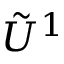
\tilde { U } ^ { 1 }